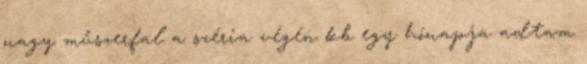
nagy műszerfal a széria végén kb egy hónapja adtam